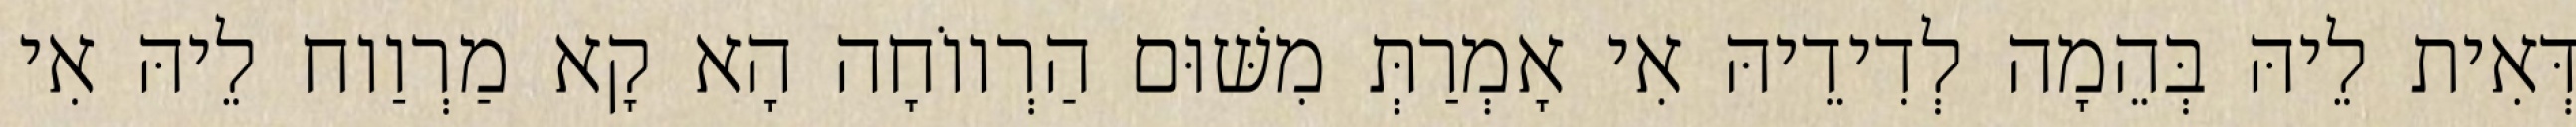
דְּאִית לֵיהּ בְּהֵמָה לְדִידֵיהּ אִי אָמְרַתְּ מִשּׁוּם הַרְווֹחָה הָא קָא מַרְוַוח לֵיהּ אִי